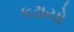
કઢાયો